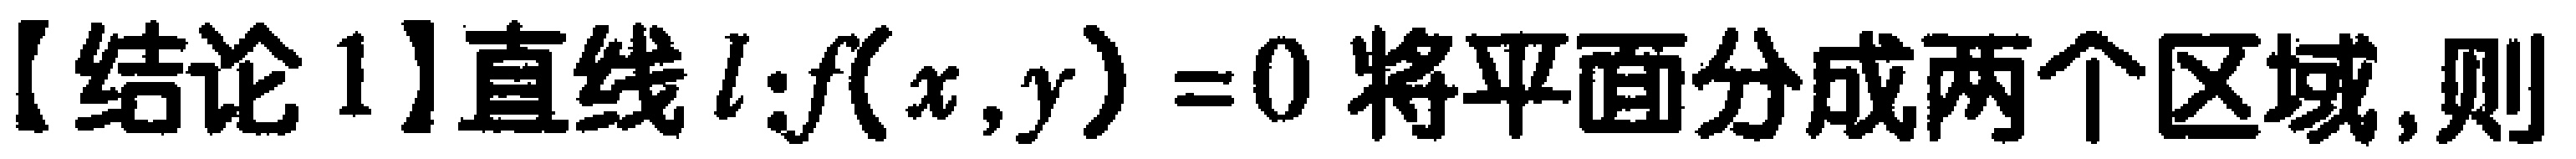
【结论1】直线 \(l:f(x,y)=0\) 将平面分成两个区域,则